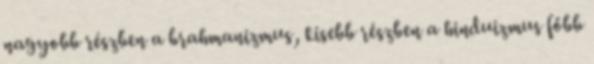
nagyobb részben a brahmanizmus, kisebb részben a hinduizmus főbb